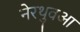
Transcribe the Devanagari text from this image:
नेरथुवआ